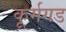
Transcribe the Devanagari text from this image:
कूर्मगड